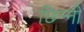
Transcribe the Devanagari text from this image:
छिन्‍नी